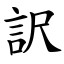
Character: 訳